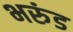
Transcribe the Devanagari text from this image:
भरुंड